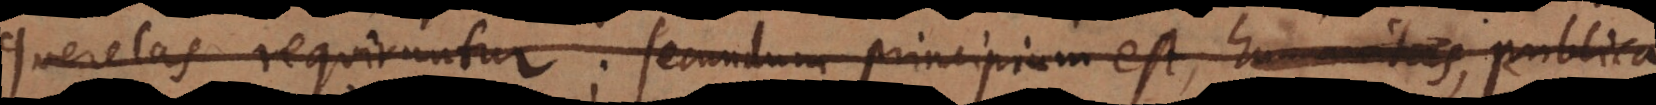
querelas requiruntur; secundum principium est humanitas publica